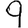
Digit: 9